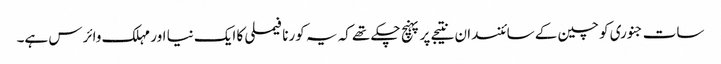
سات جنوری کو چین کے سائنسدان نتیجے پر پہنچ چکے تھے کہ یہ کورنا فیملی کا ایک نیا اور مہلک وائرس ہے۔